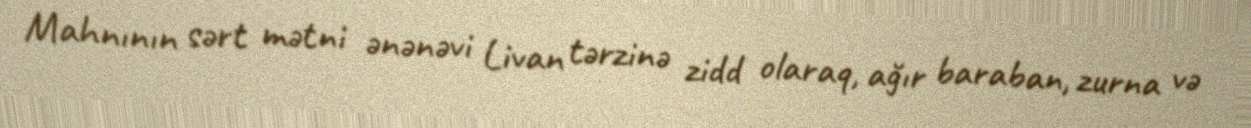
Mahnının sərt mətni ənənəvi Livan tərzinə zidd olaraq, ağır baraban, zurna və